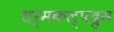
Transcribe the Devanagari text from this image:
धर्मकल्पद्रुम